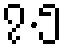
၇.၅